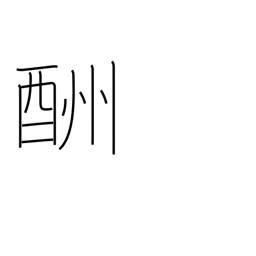
Meaning: retribution